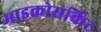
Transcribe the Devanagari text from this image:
माइक्रोसर्किट